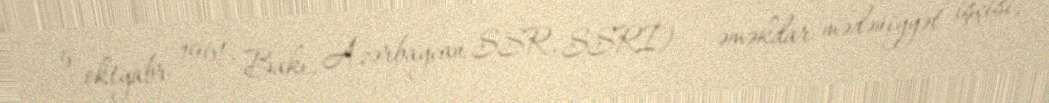
5 oktyabr 1961, Bakı, Azərbaycan SSR, SSRİ) — əməkdar mədəniyyət işçisi,